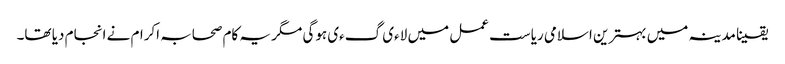
یقینا مدینہ میں بہترین اسلامی ریاست عمل میں لاءی گءی ہوگی مگر یہ کام صحابہ اکرام نے انجام دیا تھا۔